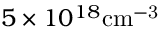
5 \times 1 0 ^ { 1 8 } \mathrm { c m ^ { - 3 } }